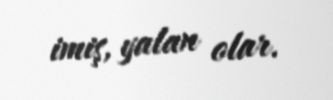
imiş, yalan olar.